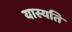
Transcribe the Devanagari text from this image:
यास्यति